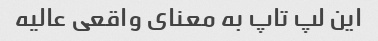
این لپ تاپ به معنای واقعی عالیه